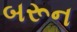
બરૂન